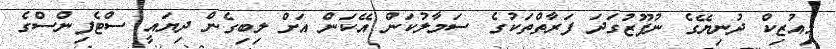
މިއުޒިކް ދުނިޔޭގެ ނުފޫޒުގަދަ ފަރާތްތަކުގެ ސަމާލުކަން އޭކަން އަށް ލިބިގެން ދިޔައީ ސްޓެފިންސްގެ